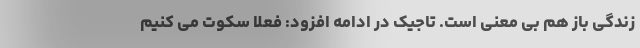
زندگی باز هم بی معنی است. تاجیک در ادامه افزود: فعلا سکوت می کنیم